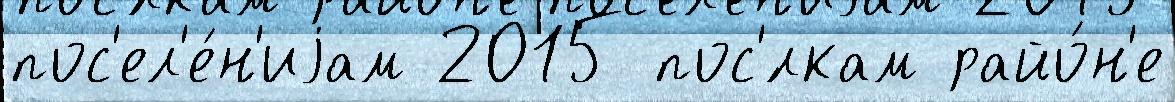
пос'ел'е́н'иjам 2015 пос'́лкам райо́н'е